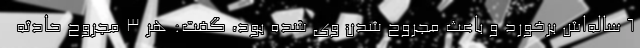
۶ ساله‌اش برخورد و باعث مجروح شدن وی شده بود، گفت: هر ۳ مجروح حادثه